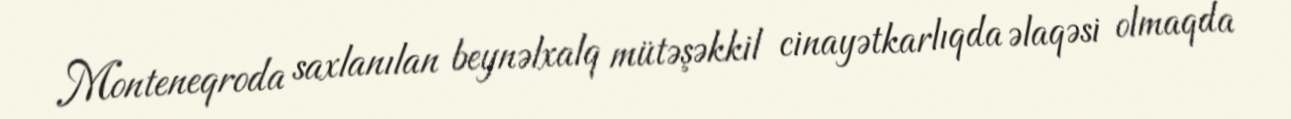
Monteneqroda saxlanılan beynəlxalq mütəşəkkil cinayətkarlıqda əlaqəsi olmaqda